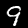
Digit: 9